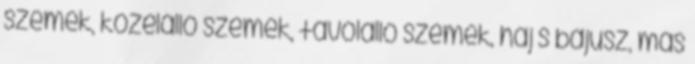
szemek, közelálló szemek, távolálló szemek, haj s bajusz, más